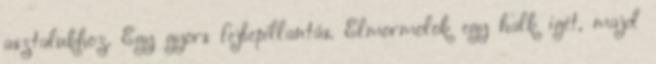
asztalukhoz. Egy gyors fejbepillantás. Elmormolok egy halk igét, majd